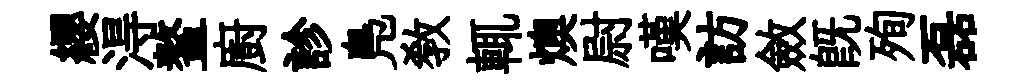
纓淂鳌廚診鳬敎輒燠尉嘆訪斂既殉磊